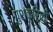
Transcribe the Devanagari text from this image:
पुशकरिनी